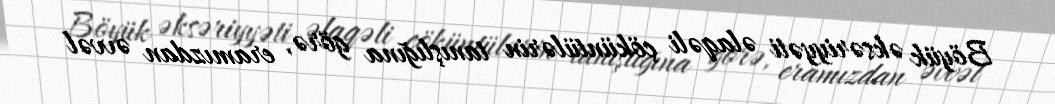
Böyük əksəriyyəti əlaqəli çöküntülərin tanışlığına görə, eramızdan əvvəl